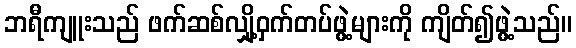
ဘရီကျူးသည် ဖက်ဆစ်လျှို့ဝှက်တပ်ဖွဲ့များကို ကျိတ်၍ဖွဲ့သည်။